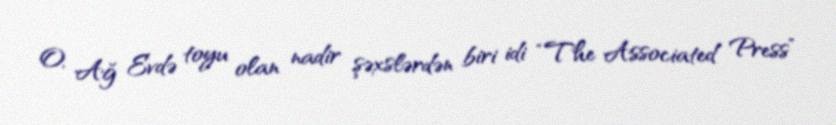
O, Ağ Evdə toyu olan nadir şəxslərdən biri idi “The Associated Press”